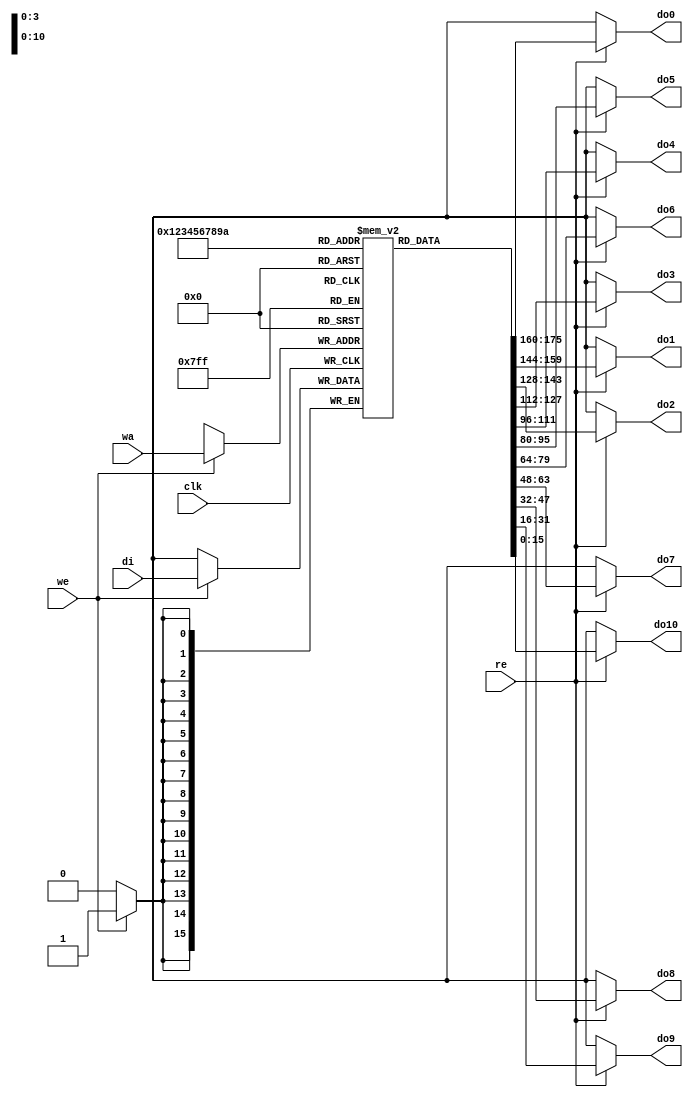
module SP_rf_LUT_RAM (
                        clk,
                        we,
                        wa, 
                        di,
                        re,
                        do0,
                        do1,
                        do2,
                        do3,
                        do4,
                        do5,
                        do6,
                        do7,
                        do8,
                        do9,
                        do10
                         );
parameter   depth=11;
parameter   width=16;
parameter   addr_width=4;
input                  clk;
input                  we;
input [addr_width-1:0] wa;
input [width-1:0]      di;
input                  re;
output [width-1:0] do0;
output [width-1:0] do1;
output [width-1:0] do2;
output [width-1:0] do3;
output [width-1:0] do4;
output [width-1:0] do5;
output [width-1:0] do6;
output [width-1:0] do7;
output [width-1:0] do8;
output [width-1:0] do9;
output [width-1:0] do10;
reg [width-1:0] ram [depth-1:0];
always @(posedge clk)
begin
 if (we)
 ram[wa] <= di;
 end
assign do0 = re?ram[0]:16'hxxxx;
assign do1 = re?ram[1]:16'hxxxx;
assign do2 = re?ram[2]:16'hxxxx;
assign do3 = re?ram[3]:16'hxxxx;
assign do4 = re?ram[4]:16'hxxxx;
assign do5 = re?ram[5]:16'hxxxx;
assign do6 = re?ram[6]:16'hxxxx;
assign do7 = re?ram[7]:16'hxxxx;
assign do8 = re?ram[8]:16'hxxxx;
assign do9 = re?ram[9]:16'hxxxx;
assign do10= re?ram[10]:16'hxxxx;
endmodule